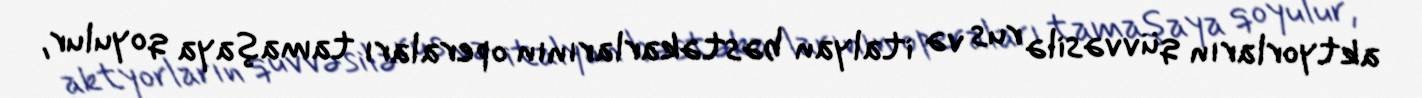
aktyorların qüvvəsilə rus və italyan bəstəkarlarının operaları tamaşaya qoyulur,